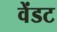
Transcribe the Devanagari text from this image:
वेंडट